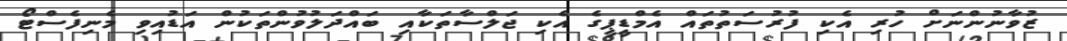
ޒުވާނުންނަށް ހުރި އެކި ފުރުސަތުތައް އެމްޑީޕީގެ އެކި ޖަލްސާތަކާއި ބައްދަލުވުންތަކުން އަޑުއިވި މެނިފެސްޓޯ